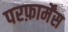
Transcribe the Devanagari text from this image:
परफ़ार्मेंस